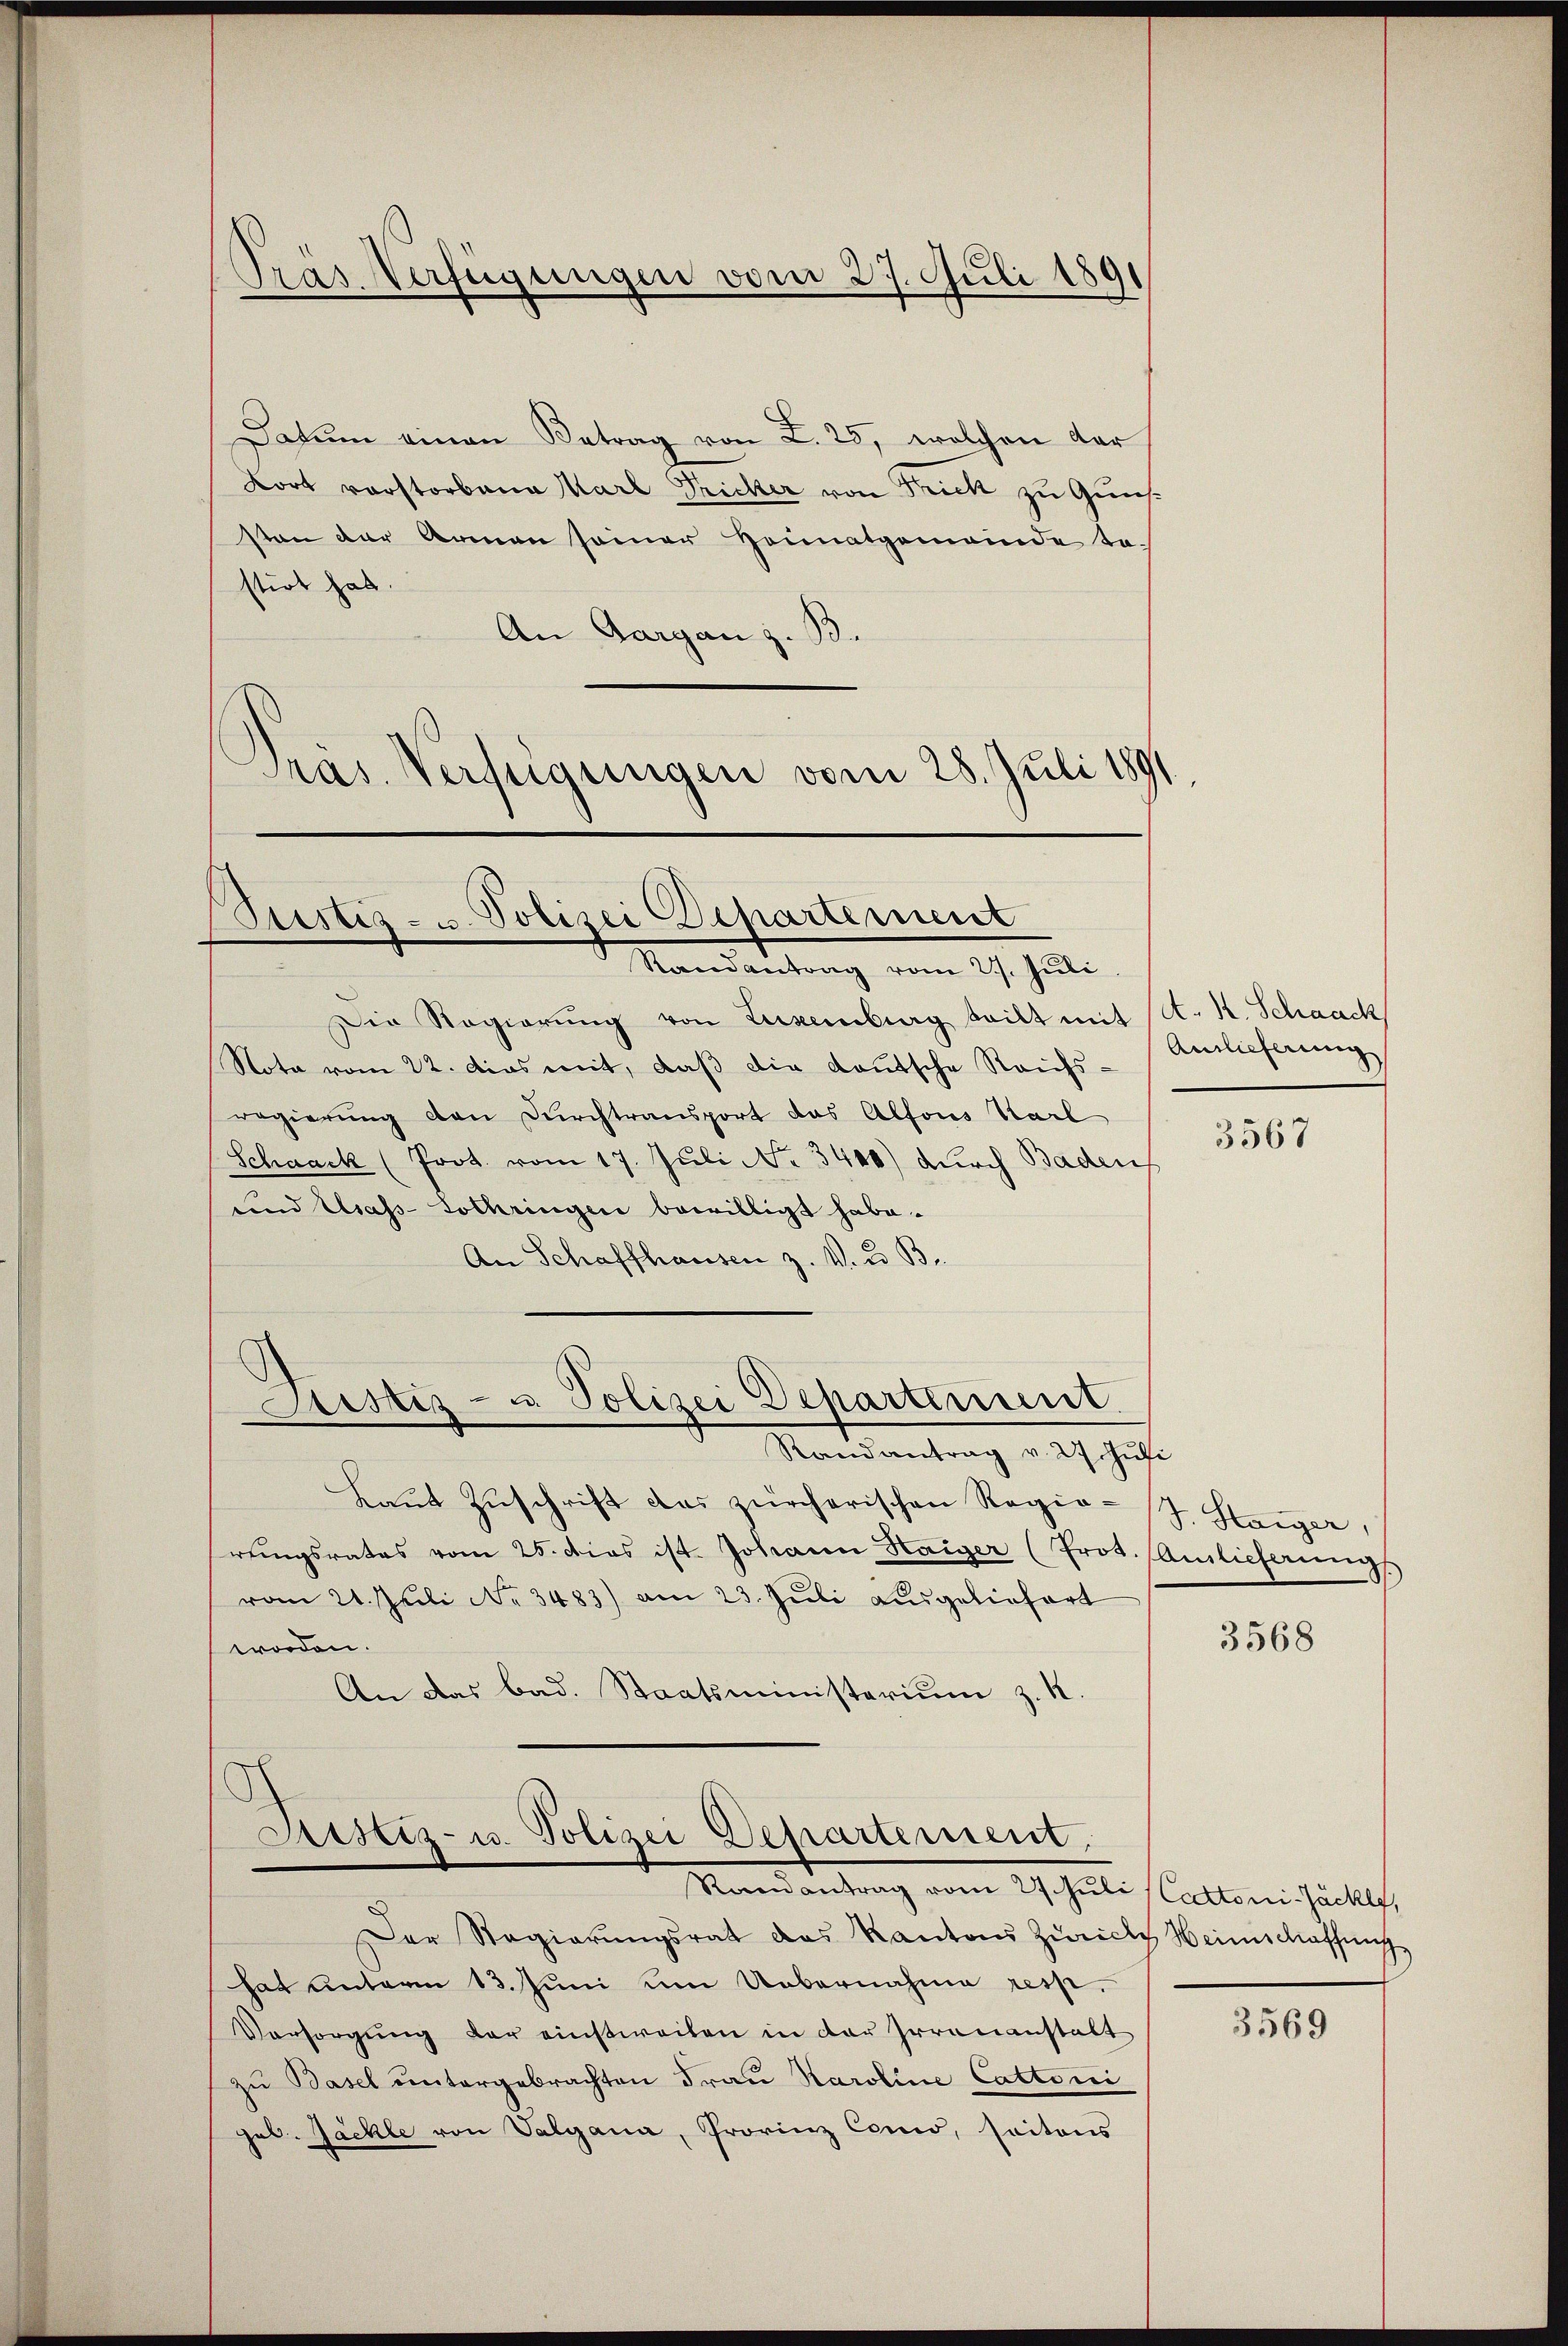
Datum einen Betrag von L. 25, welchen dar
Kort vorstorbene Karl Fricker von Frick zu Gunst
son der Armen seiner Heimatgemeinde bestirt hat.
An Aargau z. B.
Gras. Verfügungen vom 28. Juli 1891

Präs. Verfügungen vom 27. Juli 1891

Ptistis- u. Polizei Departement
Randantrag vom 27. Juli

Die Regierŭng von Luxenburg teilt mit (lt. K. Schaack
Nota vom 22. das mit, daß die deutsche Reichs-
regierung den Durchtransport das Alfons Karl
Schaack (Prot. vom 17. Juli No 3440) durch Baden
und Usass-Lothringen bewilligt habe.
An Schaffhausen z. V. u. B.

Justiz- u. Polizei Departement.

Randantrag v. 27. Jŭli
Laut Zuschrift das zürcherischen Regierŭngsrates vom 25. dies ist. Johann Haiger (Prot. (Auslicherung
vom 21. Juli No 3483) am 23. Jŭli ausgeliefert
worden.
An das bad. Staatsministerium z. B.

Aristiz- u. Polizei Departement.
Amedankung vom 29. Juli Collen Fälle,

Der Regierŭngsrat das Kantons Zürich Heimschaffung
hat unterm 13. Juni um Uebernahme resp.
Versorgung der einstweilen in der Irrenanstalt
zu Basel untergebrachten Frau Karoline Cattoni
geb. Jäckle von Valgana, Provinz Como, saitons

Anlieferung

3567

J. Haiger,

3568

3569